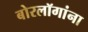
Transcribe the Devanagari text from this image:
बोरलॉगांना